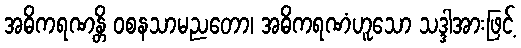
အဓိကရဏန္တိ ဝစနသာမညတော၊ အဓိကရဏံဟူသော သဒ္ဒါအားဖြင့်